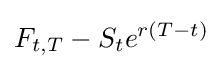
F_{t,T}-S_{t}e^{r(T-t)}